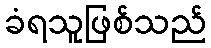
ခံရသူဖြစ်သည်